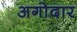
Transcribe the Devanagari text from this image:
अगोदार